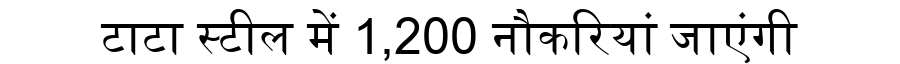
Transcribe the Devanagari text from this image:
टाटा स्टील में 1,200 नौकरियां जाएंगी